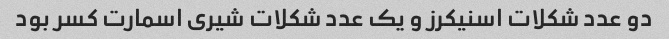
دو عدد شکلات اسنیکرز و یک عدد شکلات شیری اسمارت کسر بود